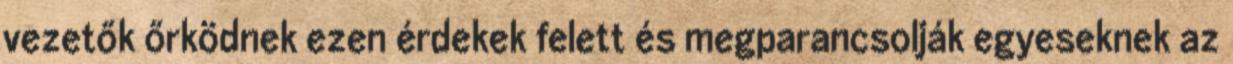
vezetők őrködnek ezen érdekek felett és megparancsolják egyeseknek az